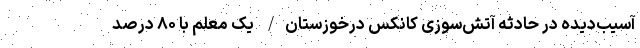
آسیب‌دیده در حادثه‌ آتش‌سوزی کانکس درخوزستان/ یک معلم با ۸۰ درصد